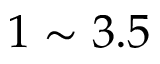
1 \sim 3 . 5